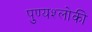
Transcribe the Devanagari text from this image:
पुण्‍यश्‍लोकी